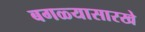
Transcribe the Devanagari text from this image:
बगळ्यासारखे